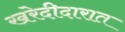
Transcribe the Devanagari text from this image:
खरेदीदारात